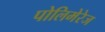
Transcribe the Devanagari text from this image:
पोलिमेरेज